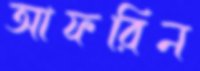
আফরিন